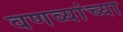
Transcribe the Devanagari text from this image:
वणव्यांच्या